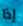
إذا